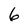
Character: 6